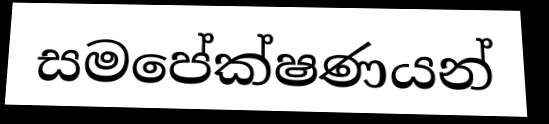
සමපේක්ෂණයන්